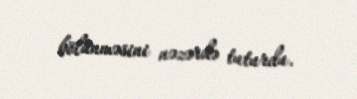
bölünməsini nəzərdə tuturdu.